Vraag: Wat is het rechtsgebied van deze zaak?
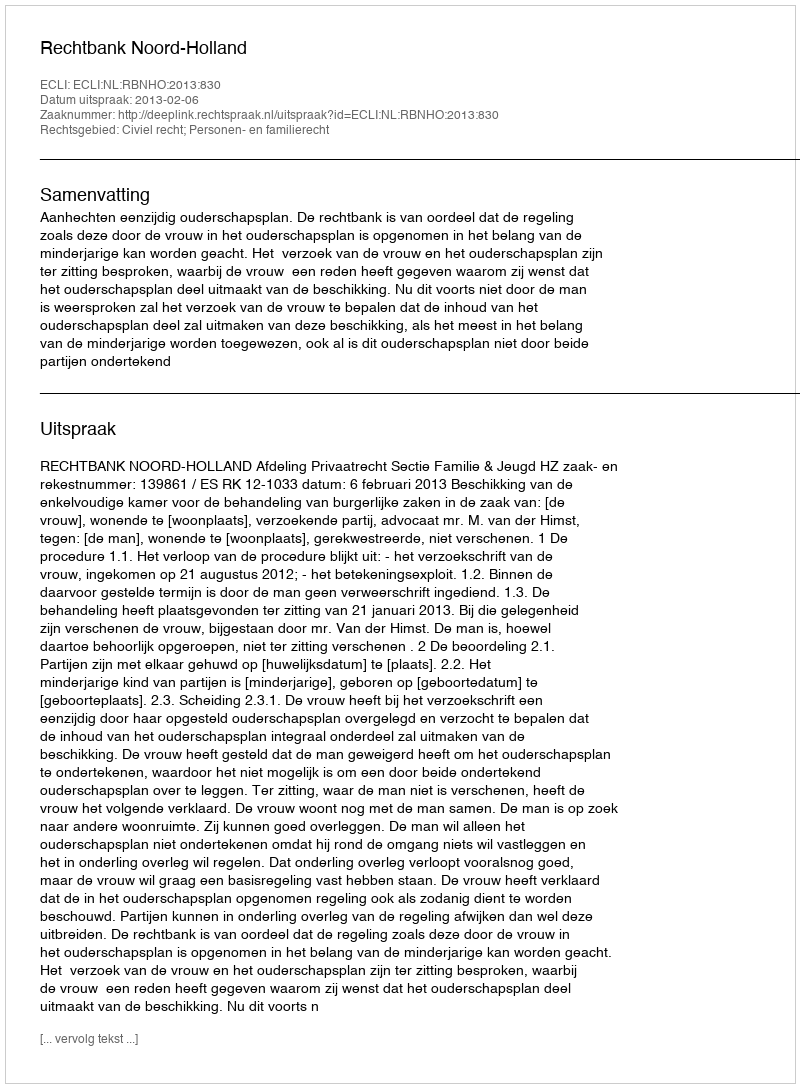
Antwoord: Civiel recht; Personen- en familierecht